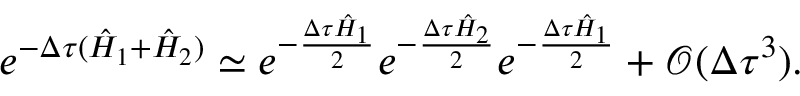
e ^ { - \Delta \tau ( \hat { H } _ { 1 } + \hat { H } _ { 2 } ) } \simeq e ^ { - \frac { \Delta \tau \hat { H } _ { 1 } } { 2 } } e ^ { - \frac { \Delta \tau \hat { H } _ { 2 } } { 2 } } e ^ { - \frac { \Delta \tau \hat { H } _ { 1 } } { 2 } } + \mathcal { O } ( \Delta \tau ^ { 3 } ) .